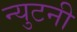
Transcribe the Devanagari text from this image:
न्युटनी